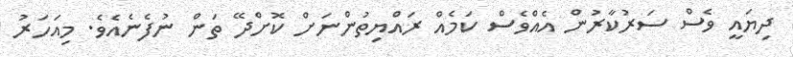
ދިޔައީ ވެސް ސަރުކާރުން އެއްވެސް ކަމެއް ރައްޔިތުންނަށް ކޮށްދޭ ތަން ނުފެނެއެވެ. މިއަހަރު